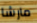
مارشا